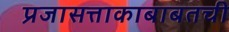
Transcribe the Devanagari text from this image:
प्रजासत्ताकाबाबतची